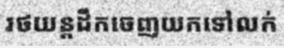
រថយន្តដឹកចេញយកទៅលក់